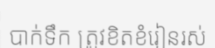
បាក់ទឹក ត្រូវខិតខំរៀនរស់